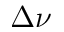
\Delta \nu